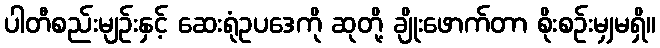
ပါတီစည်းမျဉ်းနှင့် ဆေးရုံဥပဒေကို ဆုတို့ ချိုးဖောက်တာ စိုးစဉ်းမျှမရှိ။